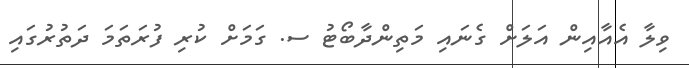
ވިލާ އެއާއިން އަލަށް ގެނައި މަތިންދާބޯޓު ސ. ގަމަށް ކުރި ފުރަތަމަ ދަތުރުގައި